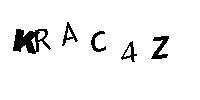
KRAC4Z